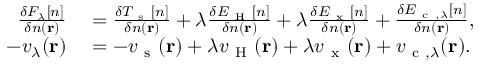
\begin{array} { r l } { \frac { \delta F _ { \lambda } \ensuremath { [ n ] } } { \delta n ( \mathbf { r } ) } } & { { } = \frac { \delta T _ { \mathrm { ~ s ~ } } \ensuremath { [ n ] } } { \delta n ( \mathbf { r } ) } + \lambda \frac { \delta E _ { \mathrm { ~ H ~ } } \ensuremath { [ n ] } } { \delta n ( \mathbf { r } ) } + \lambda \frac { \delta E _ { \mathrm { ~ x ~ } } \ensuremath { [ n ] } } { \delta n ( \mathbf { r } ) } + \frac { \delta E _ { \mathrm { ~ c ~ } , \lambda } \ensuremath { [ n ] } } { \delta n ( \mathbf { r } ) } , } \\ { - v _ { \lambda } ( \mathbf { r } ) } & { { } = - v _ { \mathrm { ~ s ~ } } ( \mathbf { r } ) + \lambda v _ { \mathrm { ~ H ~ } } ( \mathbf { r } ) + \lambda v _ { \mathrm { ~ x ~ } } ( \mathbf { r } ) + v _ { \mathrm { ~ c ~ } , \lambda } ( \mathbf { r } ) . } \end{array}